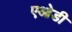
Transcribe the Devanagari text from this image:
एओडी